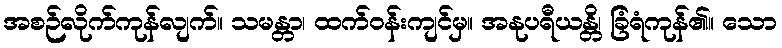
အစဉ်လိုက်ကုန်လျက်။ သမန္တာ၊ ထက်ဝန်းကျင်မှ။ အနုပရီယန္တိ၊ ခြံရံကုန်၏။ သော